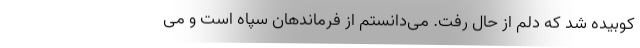
کوبیده شد که دلم از حال رفت. می‌دانستم از فرماندهان سپاه است و می